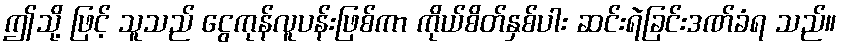
ဤသို့ ဖြင့် သူသည် ငွေကုန်လူပန်းဖြစ်ကာ ကိုယ်စိတ်နှစ်ပါး ဆင်းရဲခြင်းဒဏ်ခံရ သည်။